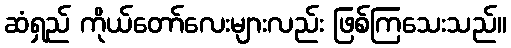
ဆံရှည် ကိုယ်တော်လေးများလည်း ဖြစ်ကြသေးသည်။